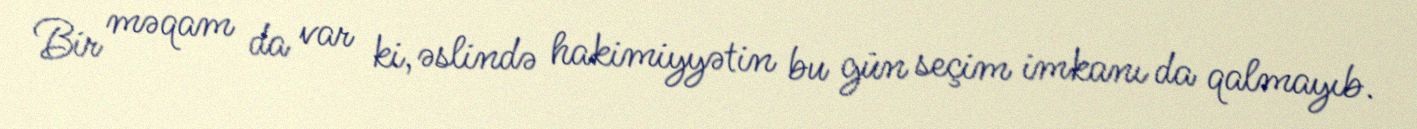
Bir məqam da var ki, əslində hakimiyyətin bu gün seçim imkanı da qalmayıb.